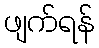
ဖျက်ရန်